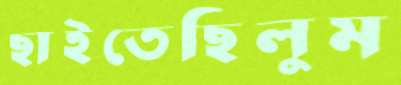
ছাইতেছিলুম